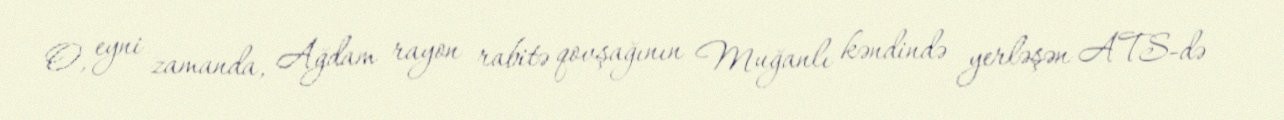
O, eyni zamanda, Ağdam rayon rabitə qovşağının Muğanlı kəndində yerləşən ATS-də